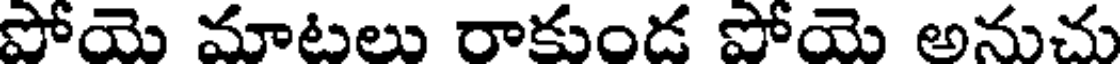
పోయె మాటలు రాకుండ పోయె అనుచు